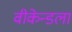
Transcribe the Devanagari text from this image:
वीकेन्डला